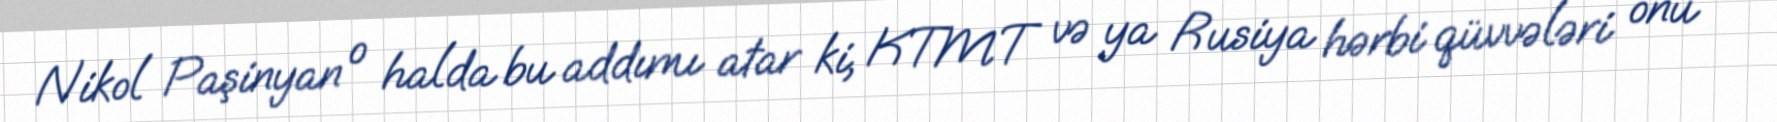
Nikol Paşinyan o halda bu addımı atar ki, KTMT və ya Rusiya hərbi qüvvələri onu